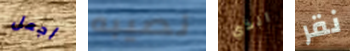
اجعل نصيبه الذي نقر